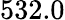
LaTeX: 532.0